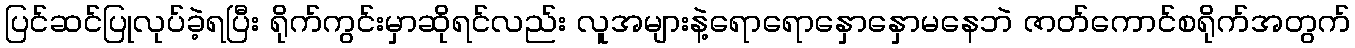
ပြင်ဆင်ပြုလုပ်ခဲ့ရပြီး ရိုက်ကွင်းမှာဆိုရင်လည်း လူအများနဲ့ရောရောနှောနှောမနေဘဲ ဇာတ်ကောင်စရိုက်အတွက်